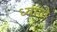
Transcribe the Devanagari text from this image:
ध्यातो